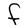
Character: F